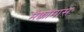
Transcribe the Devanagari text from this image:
मैक्कोमास